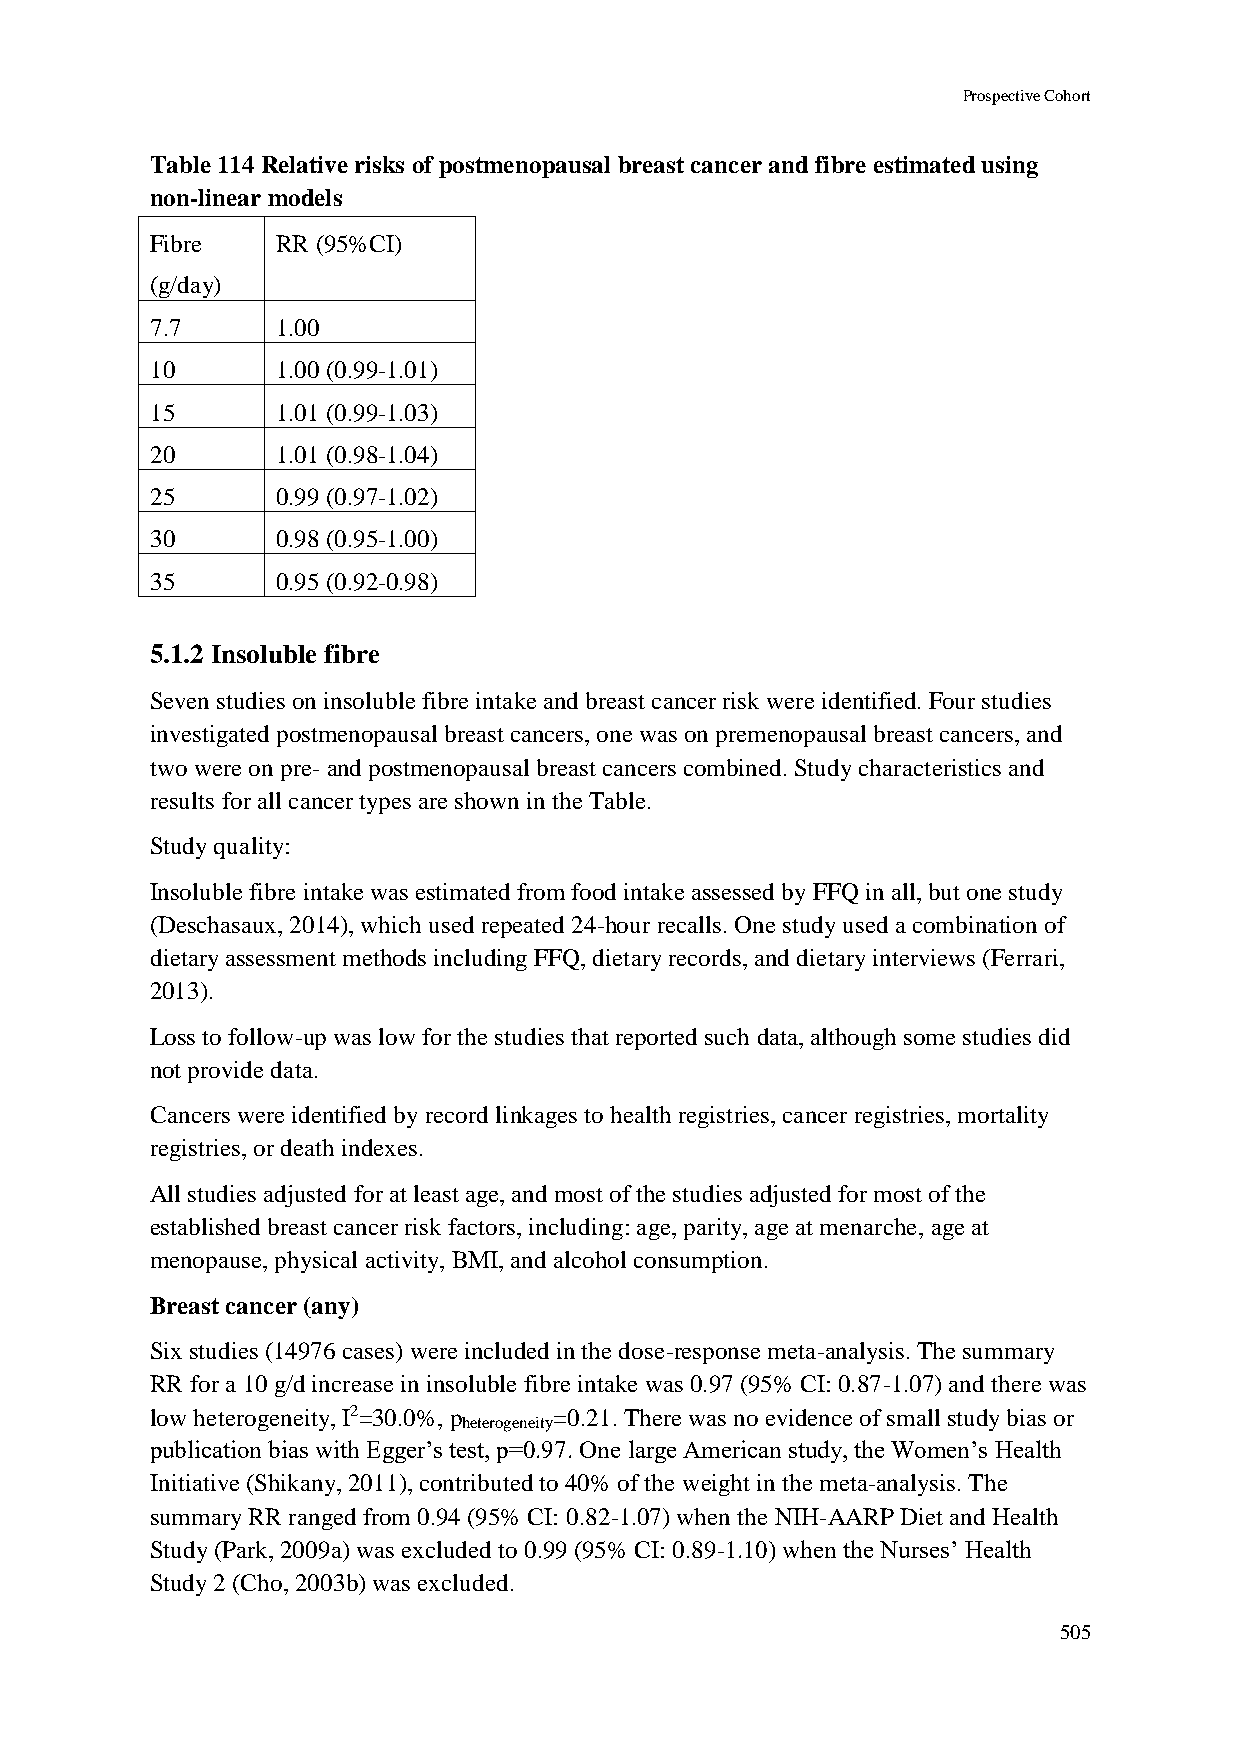
Prospective Cohort
 Table 114 Relative risks of postmenopausal breast cancer and fibre estimated using
 non-linear models
 Fibre   RR (95%CI)
 (g/day)
 7.7     1.00
 10      1.00 (0.99-1.01)
 15      1.01 (0.99-1.03)
 20      1.01 (0.98-1.04)
 25      0.99 (0.97-1.02)
 30      0.98 (0.95-1.00)
 35      0.95 (0.92-0.98)
 5.1.2 Insoluble fibre
 Seven studies on insoluble fibre intake and breast cancer risk were identified. Four studies
 investigated postmenopausal breast cancers, one was on premenopausal breast cancers, and
 two were on pre- and postmenopausal breast cancers combined. Study characteristics and
 results for all cancer types are shown in the Table.
 Study quality:
 Insoluble fibre intake was estimated from food intake assessed by FFQ in all, but one study
 (Deschasaux, 2014), which used repeated 24-hour recalls. One study used a combination of
 dietary assessment methods including FFQ, dietary records, and dietary interviews (Ferrari,
 2013).
 Loss to follow-up was low for the studies that reported such data, although some studies did
 not provide data.
 Cancers were identified by record linkages to health registries, cancer registries, mortality
 registries, or death indexes.
 All studies adjusted for at least age, and most of the studies adjusted for most of the
 established breast cancer risk factors, including: age, parity, age at menarche, age at
 menopause, physical activity, BMI, and alcohol consumption.
 Breast cancer (any)
 Six studies (14976 cases) were included in the dose-response meta-analysis. The summary
 RR for a 10 g/d increase in insoluble fibre intake was 0.97 (95% CI: 0.87-1.07) and there was
 low heterogeneity, I2=30.0%, p =0.21. There was no evidence of small study bias or
 heterogeneity
 publication bias with Egger’s test, p=0.97. One large American study, the Women’s Health
 Initiative (Shikany, 2011), contributed to 40% of the weight in the meta-analysis. The
 summary RR ranged from 0.94 (95% CI: 0.82-1.07) when the NIH-AARP Diet and Health
 Study (Park, 2009a) was excluded to 0.99 (95% CI: 0.89-1.10) when the Nurses’ Health
 Study 2 (Cho, 2003b) was excluded.
 505